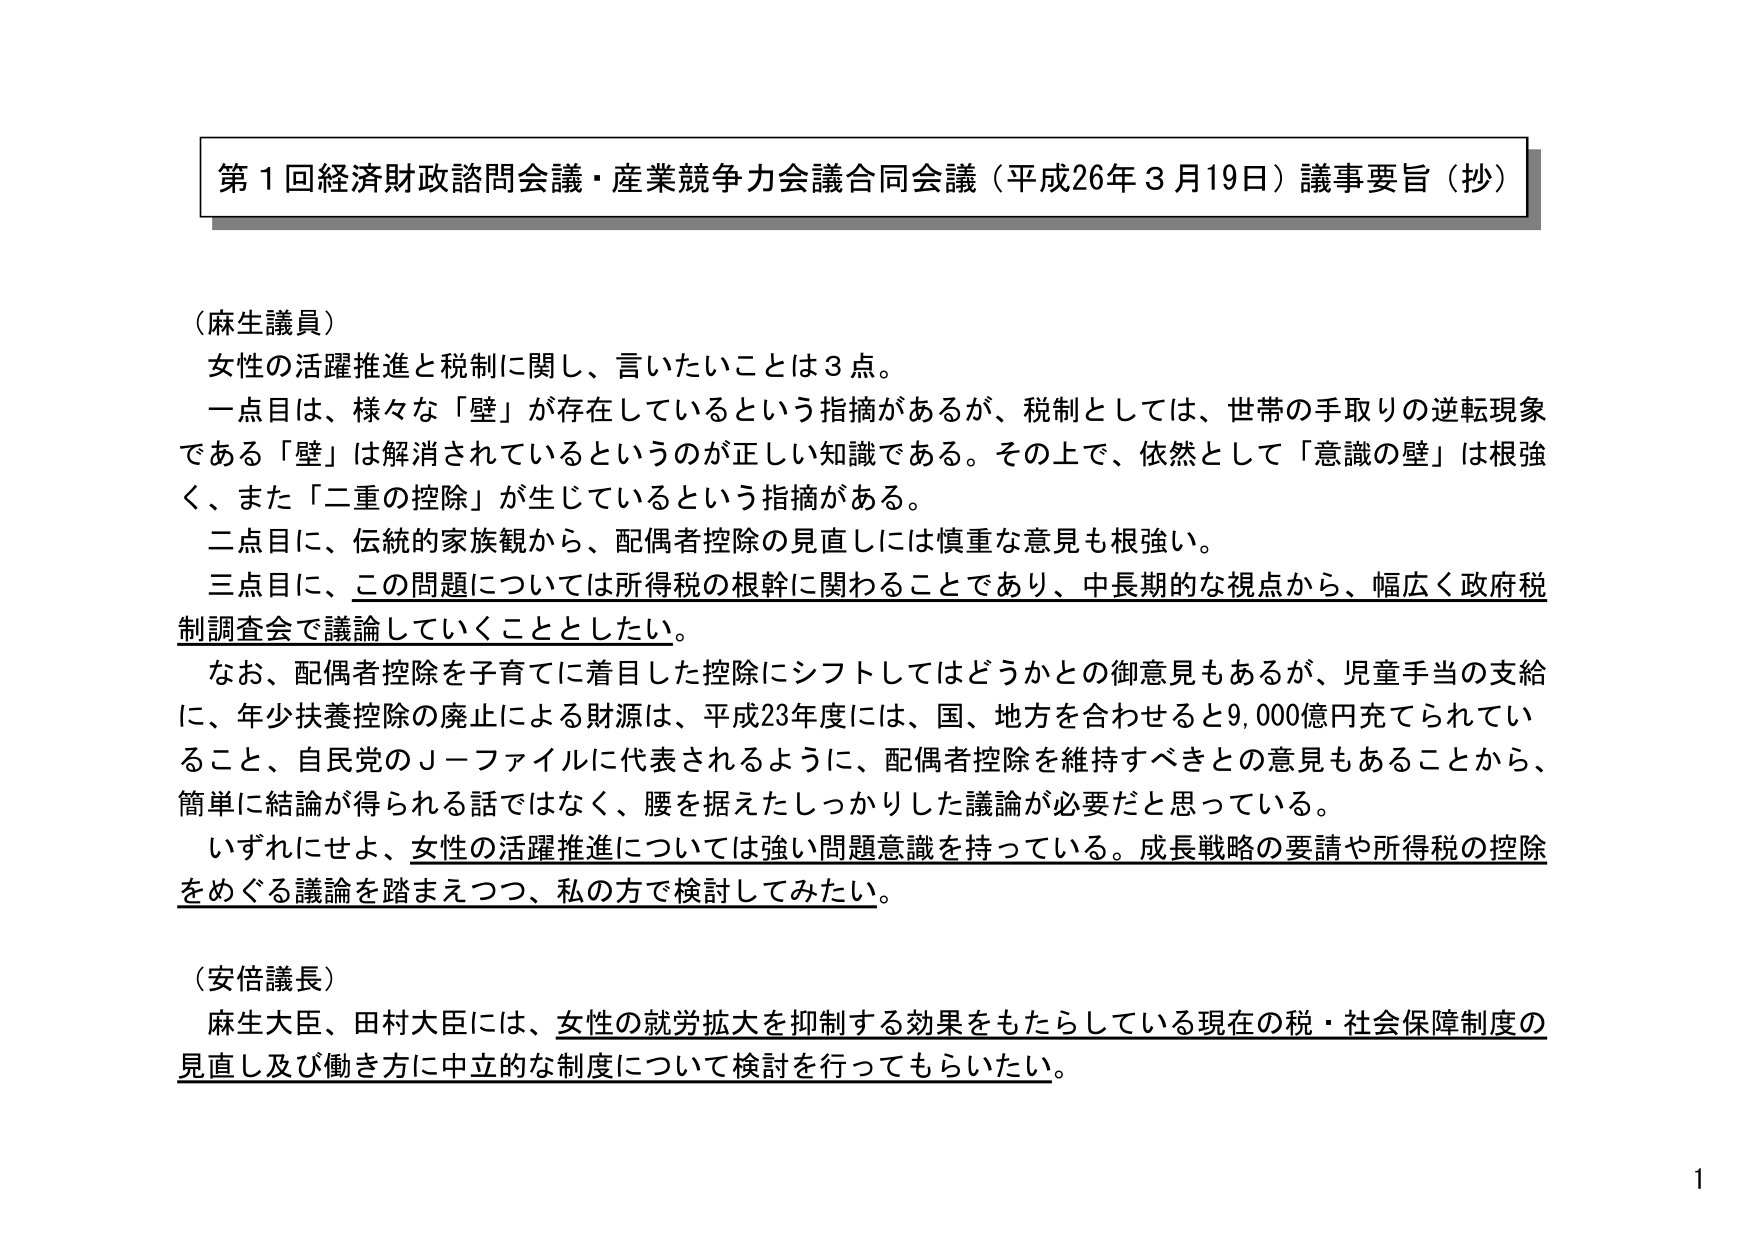
第１回経済財政諮問会議・産業競争力会議合同会議（平成26年３月19日）議事要旨（抄）

（麻生議員）
女性の活躍推進と税制に関し、言いたいことは３点。
一点目は、様々な「壁」が存在しているという指摘があるが、税制としては、世帯の手取りの逆転現象である「壁」は解消されているというのが正しい知識である。その上で、依然として「意識の壁」は根強く、また「二重の控除」が生じているという指摘がある。
二点目に、伝統的家族観から、配偶者控除の見直しには慎重な意見も根強い。
三点目に、この問題については所得税の根幹に関わることであり、中長期的な視点から、幅広く政府税制調査会で議論していくこととしたい。
なお、配偶者控除を子育てに着目した控除にシフトしてはどうかとの御意見もあるが、児童手当の支給に、年少扶養控除の廃止による財源は、平成23年度には、国、地方を合わせると9,000億円充てられていること、自民党のＪ－ファイルに代表されるように、配偶者控除を維持すべきとの意見もあることから、簡単に結論が得られる話ではなく、腰を据えたしっかりした議論が必要だと思っている。
いずれにせよ、女性の活躍推進については強い問題意識を持っている。成長戦略の要請や所得税の控除をめぐる議論を踏まえつつ、私の方で検討してみたい。

（安倍議長）
麻生大臣、田村大臣には、女性の就労拡大を抑制する効果をもたらしている現在の税・社会保障制度の見直し及び働き方に中立的な制度について検討を行ってもらいたい。

1